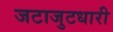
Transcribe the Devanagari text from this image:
जटाजुटधारी